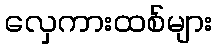
လှေကားထစ်များ